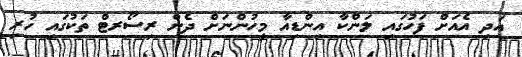
އަދި އެއަށް ފަހުގައި ލަންކާ އިންޑިއާ މީހުންނަށް ދެން ރިސޯރޓް ތަކުގައި ހުރި